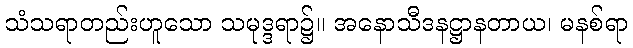
သံသရာတည်းဟူသော သမုဒ္ဒရာ၌။ အနောသီဒနဋ္ဌာနတာယ၊ မနစ်ရာ